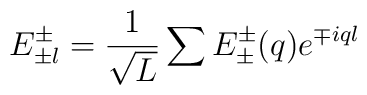
E_{\pm l}^{\pm}=\frac{1}{\sqrt{L}}\sum E_{\pm}^{\pm}(q)e^{\mp iql}